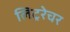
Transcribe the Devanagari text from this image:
लिट्ररेचर